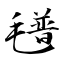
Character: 氆